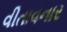
વીતાવનાર